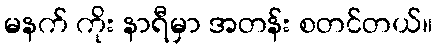
မနက် ကိုး နာရီမှာ အတန်း စတင်တယ်။